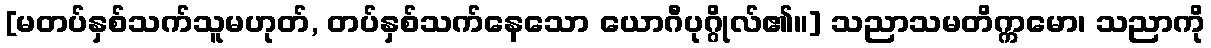
[မတပ်နှစ်သက်သူမဟုတ်, တပ်နှစ်သက်နေသော ယောဂီပုဂ္ဂိုလ်၏။] သညာသမတိက္ကမော၊ သညာကို